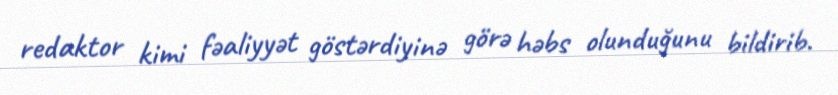
redaktor kimi fəaliyyət göstərdiyinə görə həbs olunduğunu bildirib.